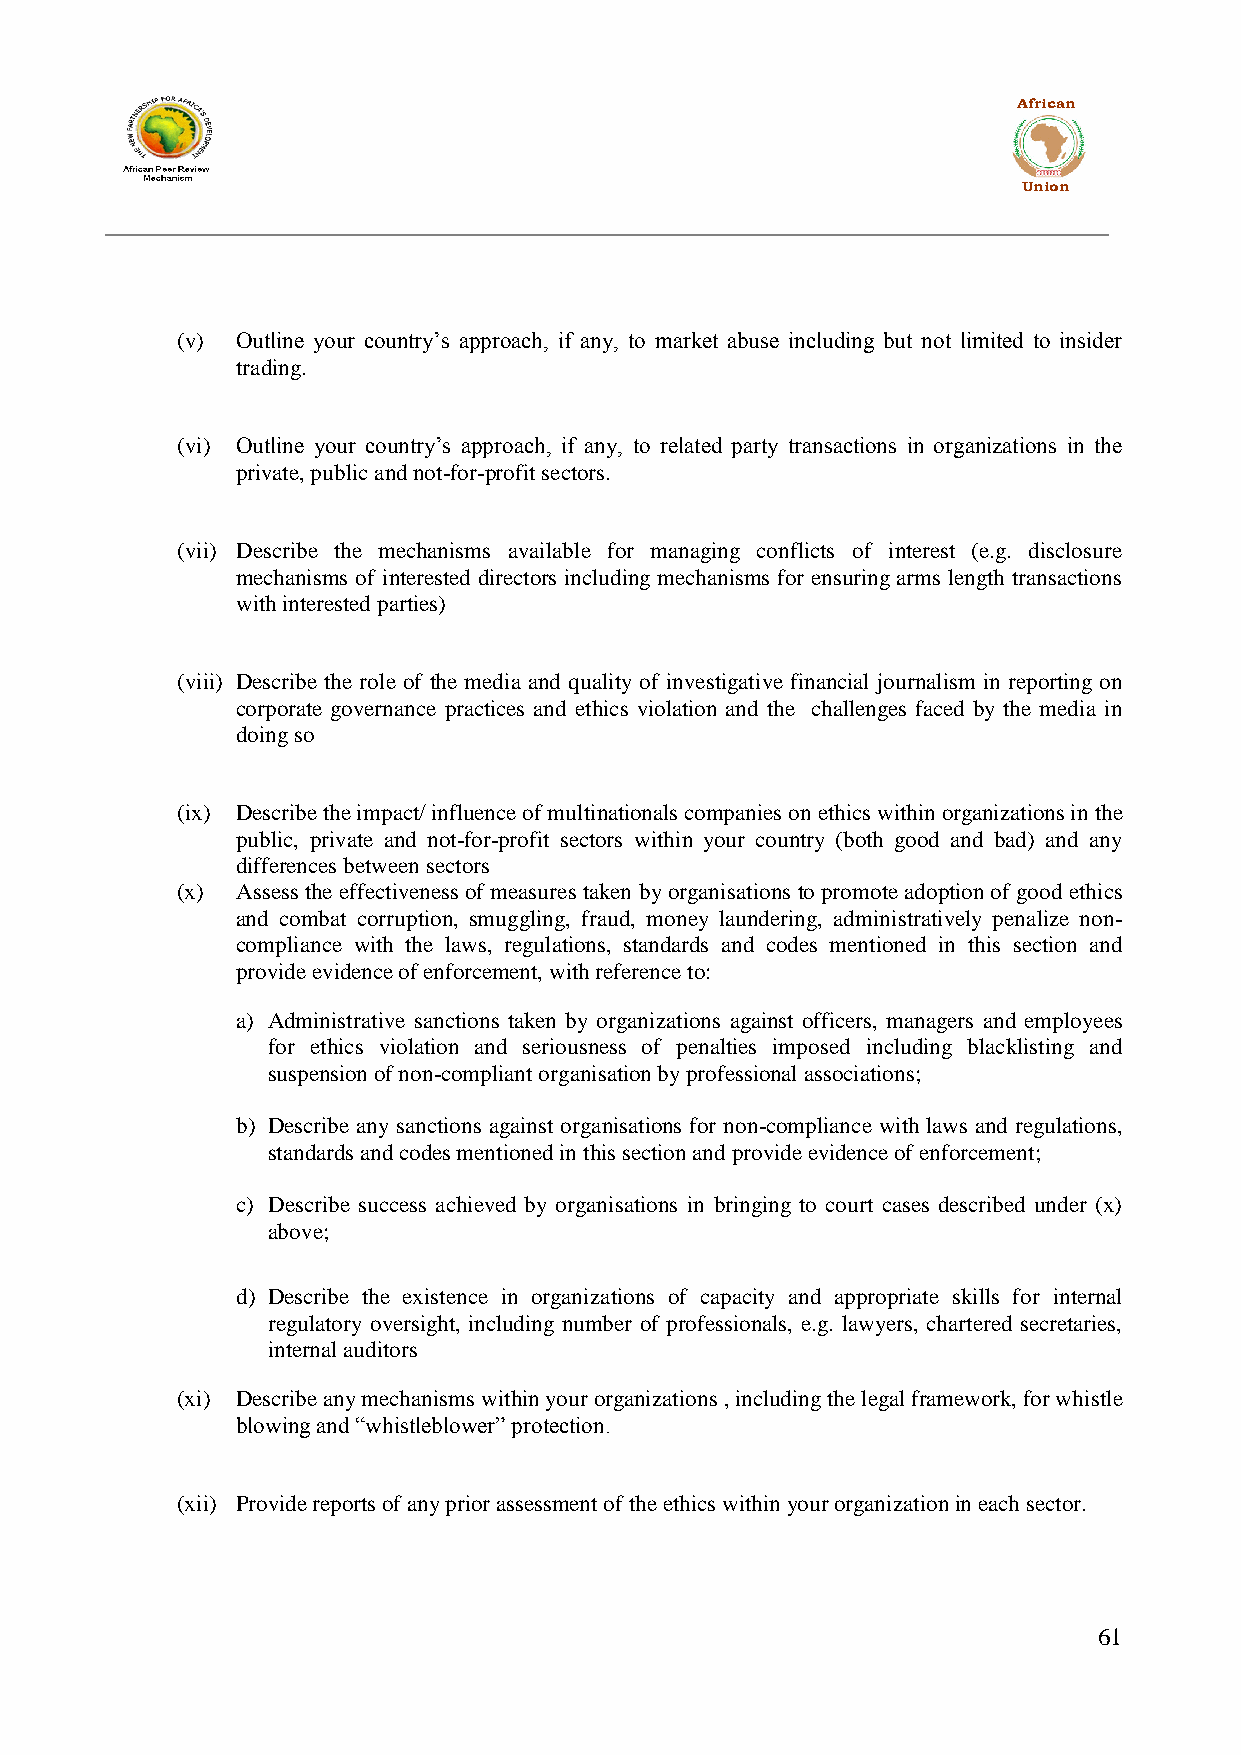
African
 Union
 (v) Outline your country‟s approach, if any, to market abuse including but not limited to insider
 trading.
 (vi) Outline your country‟s approach, if any, to related party transactions in organizations in the
 private, public and not-for-profit sectors.
 (vii) Describe the mechanisms available for managing conflicts of interest (e.g. disclosure
 mechanisms of interested directors including mechanisms for ensuring arms length transactions
 with interested parties)
 (viii) Describe the role of the media and quality of investigative financial journalism in reporting on
 corporate governance practices and ethics violation and the challenges faced by the media in
 doing so
 (ix) Describe the impact/ influence of multinationals companies on ethics within organizations in the
 public, private and not-for-profit sectors within your country (both good and bad) and any
 differences between sectors
 (x) Assess the effectiveness of measures taken by organisations to promote adoption of good ethics
 and combat corruption, smuggling, fraud, money laundering, administratively penalize non-
 compliance with the laws, regulations, standards and codes mentioned in this section and
 provide evidence of enforcement, with reference to:
 a) Administrative sanctions taken by organizations against officers, managers and employees
 for ethics violation and seriousness of penalties imposed including blacklisting and
 suspension of non-compliant organisation by professional associations;
 b) Describe any sanctions against organisations for non-compliance with laws and regulations,
 standards and codes mentioned in this section and provide evidence of enforcement;
 c) Describe success achieved by organisations in bringing to court cases described under (x)
 above;
 d) Describe the existence in organizations of capacity and appropriate skills for internal
 regulatory oversight, including number of professionals, e.g. lawyers, chartered secretaries,
 internal auditors
 (xi) Describe any mechanisms within your organizations , including the legal framework, for whistle
 blowing and “whistleblower” protection.
 (xii) Provide reports of any prior assessment of the ethics within your organization in each sector.
 61